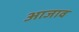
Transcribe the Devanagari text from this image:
आजाव